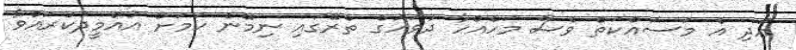
އަދި އެ މަސައްކަތް ވެސް މަހެއްހާ ދުވަހުގެ ތެރޭގައި ނިމޭނެ ކަމަށް އުއްމީދުކުރައްވާ